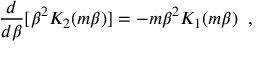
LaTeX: \frac { d } { d \beta } [ \beta ^ { 2 } K _ { 2 } ( m \beta ) ] = - m \beta ^ { 2 } K _ { 1 } ( m \beta ) \; \; ,